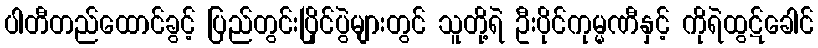
ပါတီတည်ထောင်ခွင့် ပြည်တွင်းပြိုင်ပွဲများတွင် သူတို့ရဲ ဦးပိုင်ကုမ္မဏီနှင့် ကိုရဲထွဋ်ခေါင်